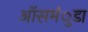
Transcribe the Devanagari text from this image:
ऑसमंुडा